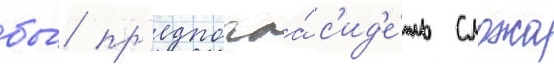
бы́ пр'едпочла́ с'ид'е́ть сложа